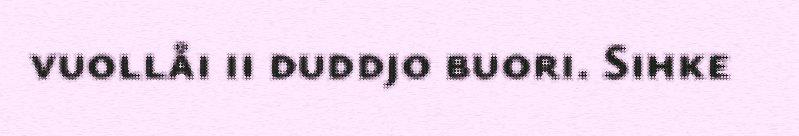
vuollåi ii duddjo buori. Sihke